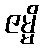
ဇမ္မိ